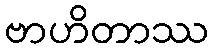
ဗာဟိတာဿ